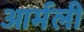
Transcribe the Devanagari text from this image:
आर्मली